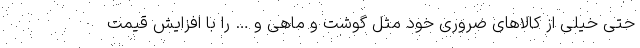
حتی خیلی از کالاهای ضروری خود مثل گوشت و ماهی و … را با افزایش قیمت